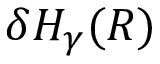
\delta H _ { \gamma } ( R )